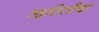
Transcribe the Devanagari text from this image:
तहसिलीचा